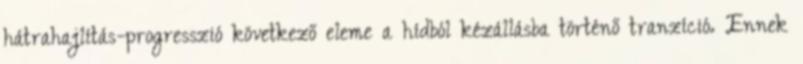
hátrahajlítás-progresszió következő eleme a hídból kézállásba történő tranzíció. Ennek